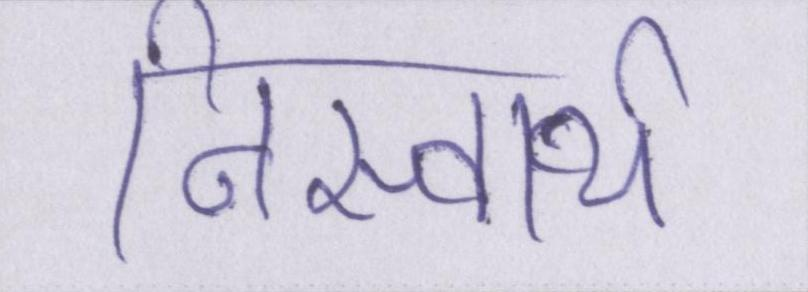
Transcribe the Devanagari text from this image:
निस्वार्थ